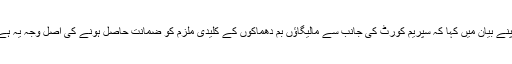
ممبئی میں جمعیۃ علماء قانونی امداد کمیٹی کے سربراہ گلزار اعظمی نے اخبارات کے نام جاری کئے گئے اپنے بیان میں کہا کہ سپریم کورٹ کی جانب سے مالیگاؤں بم دھماکوں کے کلیدی ملزم کو ضمانت حاصل ہونے کی اصل وجہ یہ ہے کہ قومی تفتیشی ایجنسی این آئی اے کے وکلاء نے کرنل کے خلاف ٹھوس ثبوت پیش کرنے سے احتراز کیا۔